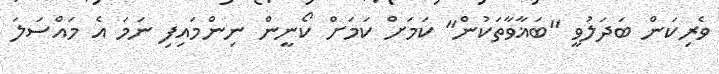
ވެރިކަން ބަދަލުވީ "ބަޣާވާތަކުން" ކަމަށް ކަމަށް ކޯނީން ނިންމައިފި ނަމަ އެ މައްސަލަ